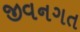
જીવનગત